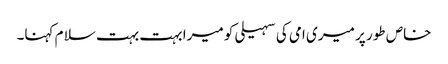
خاص طور پر میری امی کی سہیلی کو میرا بہت بہت سلا م کہنا۔